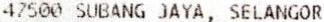
47500 SUBANG JAYA, SELANGOR